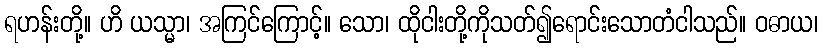
ရဟန်းတို့။ ဟိ ယသ္မာ၊ အကြင်ကြောင့်။ သော၊ ထိုငါးတို့ကိုသတ်၍ရောင်းသောတံငါသည်။ ဝဓာယ၊